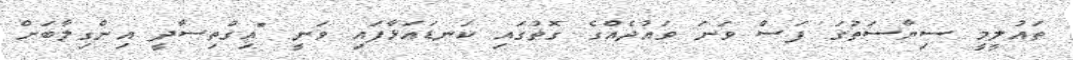
ތައުލީމީ ސިޔާސަތުގަ ފަސް ވަނަ ވައުދެއްގެ ގޮތުގައި ކަނޑައަޅާފައި ވަނީ "އިގްތިސާދީ އިންގިލާބަށް